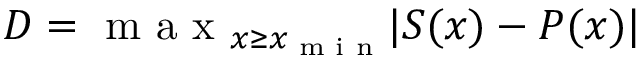
D = \textrm { m a x } _ { x \geq x _ { \textrm { m i n } } } | S ( x ) - P ( x ) |